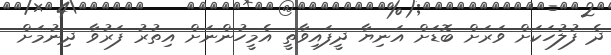
ދެ ފުލުހަކަށް ވަރަށް ބޮޑަށް އަނިޔާ ދީފައިވާތީ އެމީހުންނަށް އިތުރު ފަރުވާ ދިނުމަށް